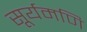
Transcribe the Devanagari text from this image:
सूर्यमणि